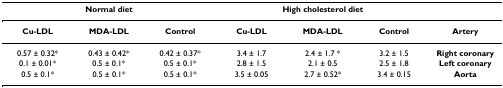
<table><thead><tr><td colspan="3"><b>Normal diet</b></td><td colspan="3"><b>High cholesterol diet</b></td><td></td></tr></thead><tbody><tr><td><b>Cu-LDL</b></td><td><b>MDA-LDL</b></td><td><b>Control</b></td><td><b>Cu-LDL</b></td><td><b>MDA-LDL</b></td><td><b>Control</b></td><td><b>Artery</b></td></tr><tr><td>0.57 ± 0.32*</td><td>0.43 ± 0.42*</td><td>0.42 ± 0.37*</td><td>3.4 ± 1.7</td><td>2.4 ± 1.7 *</td><td>3.2 ± 1.5</td><td><b>Right coronary</b></td></tr><tr><td>0.1 ± 0.01*</td><td>0.5 ± 0.1*</td><td>0.5 ± 0.1*</td><td>2.8 ± 1.5</td><td>2.1 ± 0.5</td><td>2.5 ± 1.8</td><td><b>Left coronary</b></td></tr><tr><td>0.5 ± 0.1*</td><td>0.5 ± 0.1*</td><td>0.5 ± 0.1*</td><td>3.5 ± 0.05</td><td>2.7 ± 0.52*</td><td>3.4 ± 0.15</td><td><b>Aorta</b></td></tr></tbody></table>